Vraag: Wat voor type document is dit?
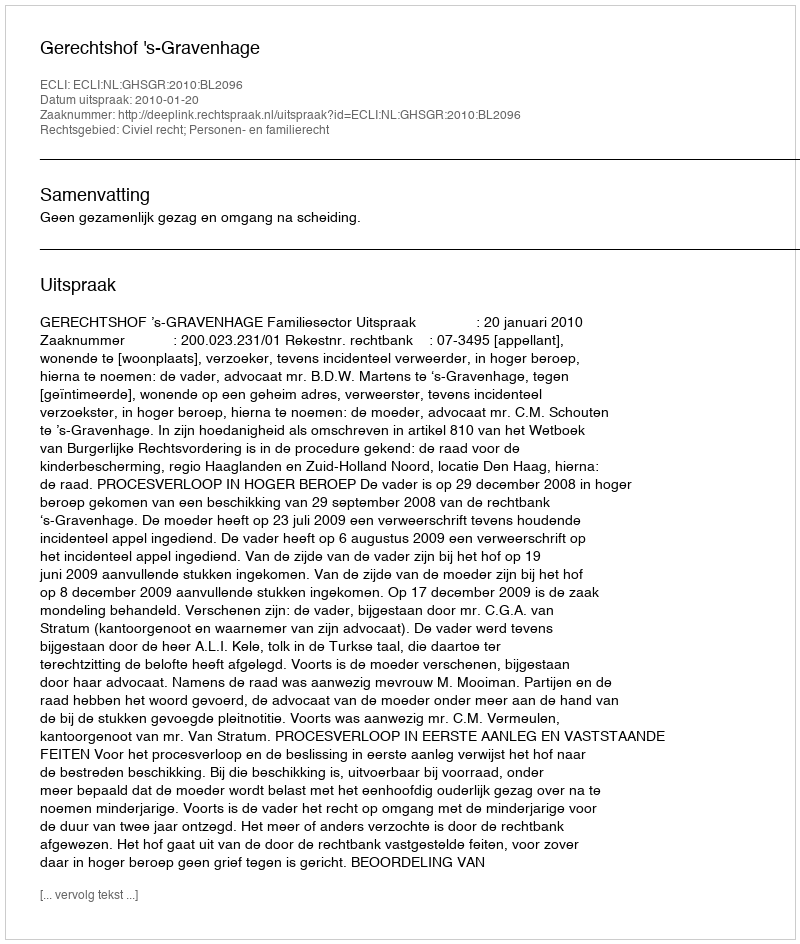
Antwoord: Uitspraak